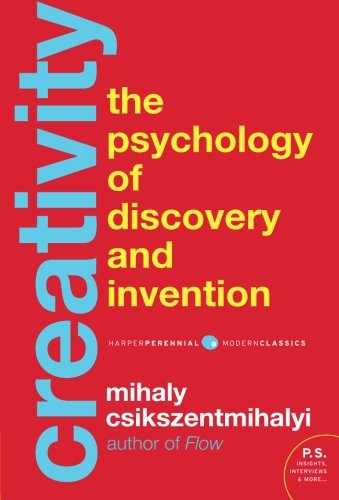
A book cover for Creativity: The Psychology of Discovery and Invention; Mihaly Csikszentmihalyi; Self-Help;